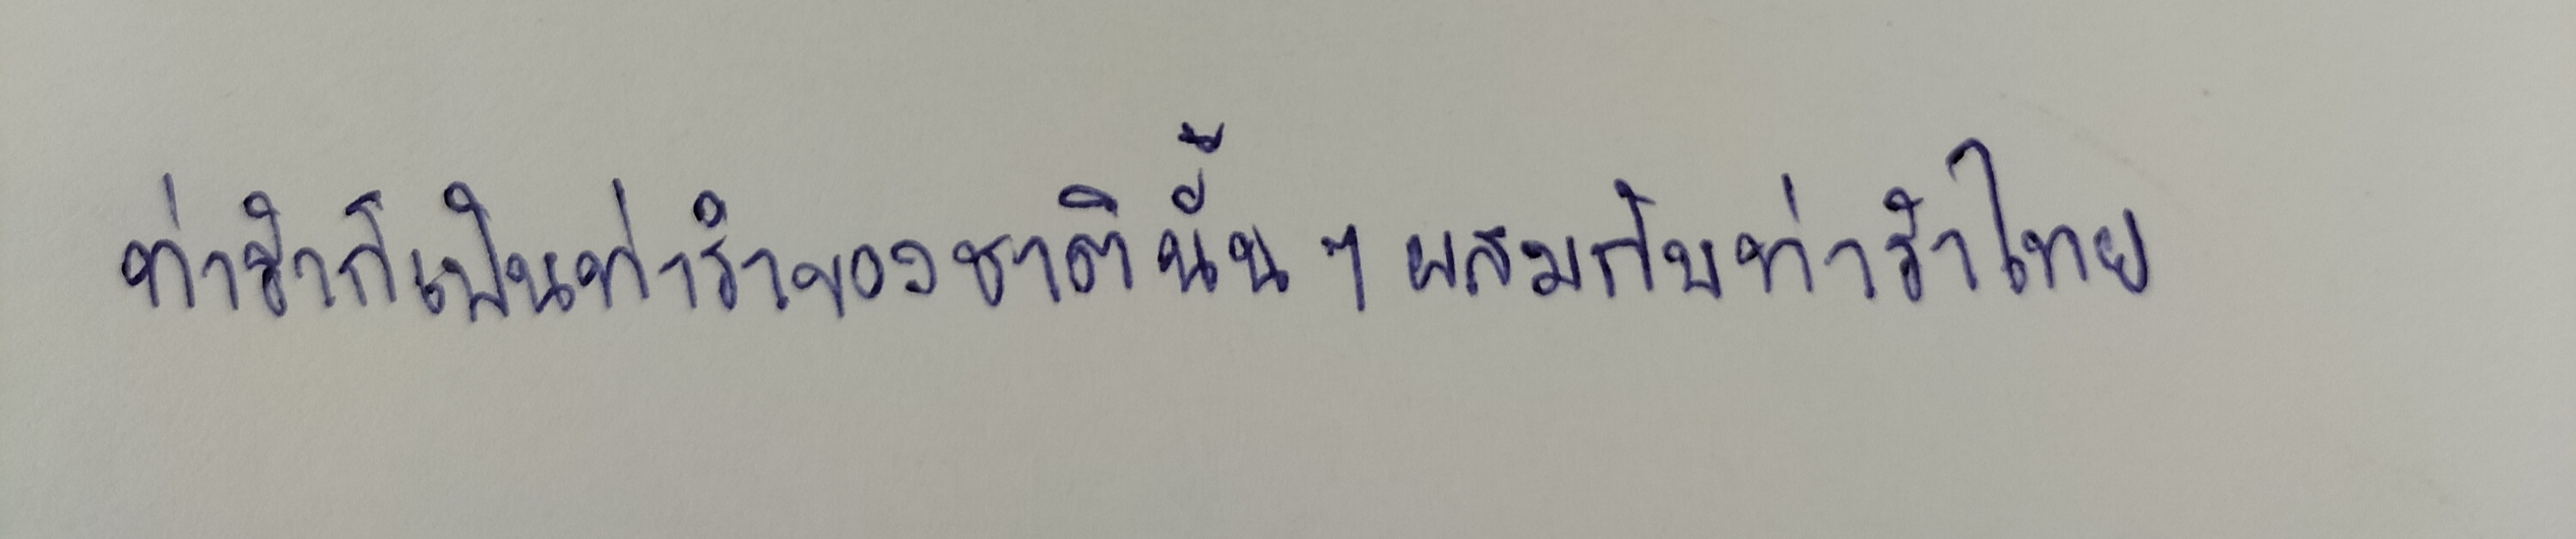
ท่ารำก็เป็นท่ารำของชาตินั้นๆผสมกับท่ารำไทย